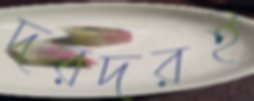
দরদরই